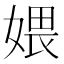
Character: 㛱